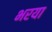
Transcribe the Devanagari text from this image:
भरया